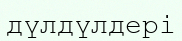
дүлдүлдері